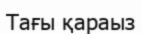
Тағы қараыз